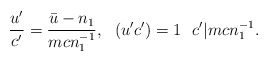
\begin{align*}\frac{u'}{c'} = \frac{\bar{u}- n_1}{mcn_1^{-1}},~~ (u' c') = 1 ~~ c' | mcn_1^{-1}.\end{align*}